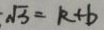
\sqrt { 3 } = k + b